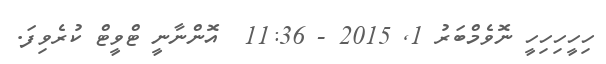
ހިިިިހީހިހިހީ ނޮވެމްބަރު 1